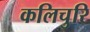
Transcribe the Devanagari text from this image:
कलिचुरि